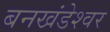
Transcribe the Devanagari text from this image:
बनखंडेश्वर